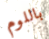
باللوم